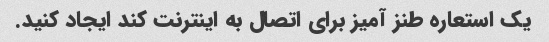
یک استعاره طنز آمیز برای اتصال به اینترنت کند ایجاد کنید.